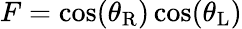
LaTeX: F=\cos(\theta_{\mathrm{R}})\cos(\theta_{\mathrm{L}})